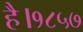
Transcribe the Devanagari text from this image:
है।१८५७